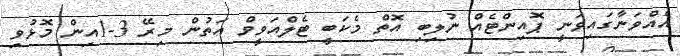
އެއްވަނާގައިވަނީ ޕޮއިންޓެއް ނުލިބި އޮތް މެކަބީ ޓެލްއަވީވް އަތުން މިރޭ 3-1އިން މޮޅުވި